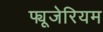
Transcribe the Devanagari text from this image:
फ्यूजेरियम